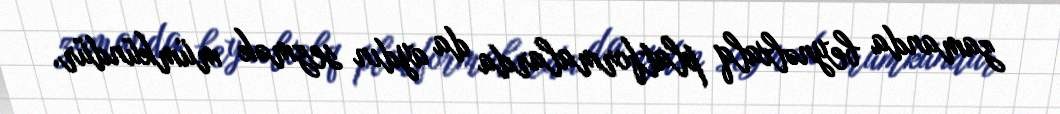
zamanda beynəlxalq platformalarda da aydın sezmək mümkündür.